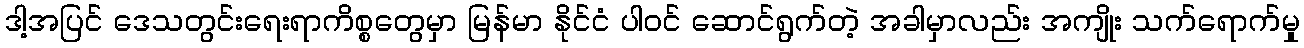
ဒါ့အပြင် ဒေသတွင်းရေးရာကိစ္စတွေမှာ မြန်မာ နိုင်ငံ ပါဝင် ဆောင်ရွက်တဲ့ အခါမှာလည်း အကျိုး သက်ရောက်မှု